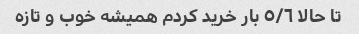
تا حالا ٥/٦ بار خرید کردم همیشه خوب و تازه